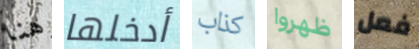
هنا أدخلها كذاب ظهروا فعل